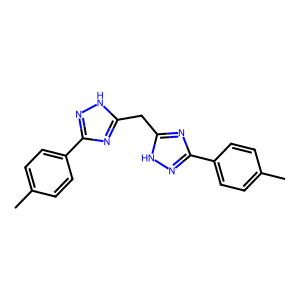
SMILES: Cc1ccc(-c2n[nH]c(Cc3nc(-c4ccc(C)cc4)n[nH]3)n2)cc1
Inhibits HIV replication: No